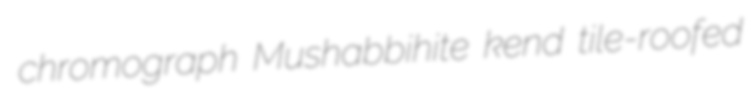
chromograph Mushabbihite kend tile-roofed